Sketch of the medical history of the native army of Bombay, for the year
Year: 1876
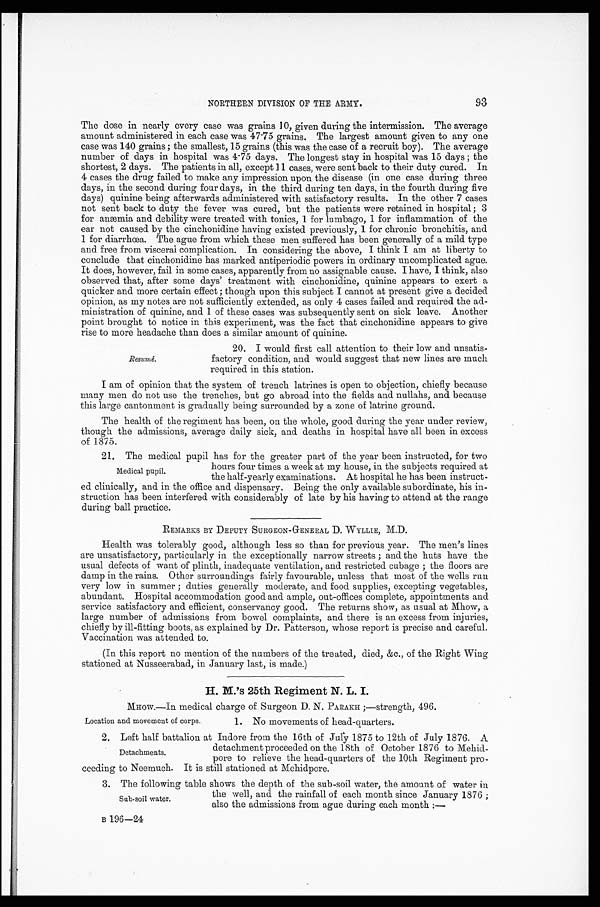
93
NORTHERN DIVISION OF THE ARMY.
The dose in nearly every case was grains 10, given during the intermission. The average
amount administered in each case was 47.75 grains. The largest amount given to any one
case was 140 grains; the smallest, 15 grains (this was the case of a recruit boy). The average
number of days in hospital was 4.75 days. The longest stay in hospital was 15 days; the
shortest, 2 days. The patients in all, except 11 cases, were sent back to their duty cured. In
4 cases the drug failed to make any impression upon the disease (in one case during three
days, in the second during four days, in the third during ten days, in the fourth during five
days) quinine being afterwards administered with satisfactory results. In the other 7 cases
not sent back to duty the fever was cured, but the patients were retained in hospital; 3
for anæmia and debility were treated with tonics, 1 for lumbago, 1 for inflammation of the
ear not caused by the cinchonidine having existed previously, 1 for chronic bronchitis, and
1 for diarrhœa. The ague from which these men suffered has been generally of a mild type
and free from visceral complication. In considering the above, I think I am at liberty to
conclude that cinchonidine has marked antiperiodic powers in ordinary uncomplicated ague.
It does, however, fail in some cases, apparently from no assignable cause. I have, I think, also
observed that, after some days' treatment with cinchonidine, quinine appears to exert a
quicker and more certain effect; though upon this subject I cannot at present give a decided
opinion, as my notes are not sufficiently extended, as only 4 cases failed and required the ad-
ministration of quinine, and 1 of these cases was subsequently sent on sick leave. Another
point brought to notice in this experiment, was the fact that cinchonidine appears to give
rise to more headache than does a similar amount of quinine.
Resumé.
20. I would first call attention to their low and unsatis
- f a c t o r y c o n d i t i o n , a n d w o u l d s u g g e s t t h a t n e w l i n e s a r e m u c h
required in this station.
I am of opinion that the system of trench latrines is open to objection, chiefly because
many men do not use the trenches, but go abroad into the fields and nullahs, and because
this large cantonment is gradually being surrounded by a zone of latrine ground.
The health of the regiment has been, on the whole, good during the year under review,
though the admissions, average daily sick, and deaths in hospital have all been in excess
o f 1 8 7 5 .
21. The medical pupil has for the greater part of the year been instructed, for two
hours four times a week at my house, in the subjects required at
the half-yearly examinations. At hospital he has been instruct
-ed clinically, and in the office and dispensary. Being the only available subordinate, his in
- s t r u c t i o n h a s b e e n i n t e r f e r e d w i t h c o n s i d e r a b l y o f l a t e b y h i s h a v i n g t o a t t e n d a t t h e r a n g e
during ball practice.
REMARKS BY DEPUTY SURGEON-GENERAL D. WYLLIE, M.D.
Health was tolerably good, although less so than for previous year. The men's lines
are unsatisfactory, particularly in the exceptionally narrow streets; and the huts have the
usual defects of want of plinth, inadequate ventilation, and restricted cubage; the floors are
damp in the rains. Other surroundings fairly favourable, unless that most of the wells run
very low in summer; duties generally moderate, and food supplies, excepting vegetables,
abundant. Hospital accommodation good and ample, out-offices complete, appointments and
service satisfactory and efficient, conservancy good. The returns show, as usual at Mhow,
large number of admissions from bowel complaints, and there is an excess from injuries,
chiefly by ill-fitting boots, as explained by Dr. Patterson, whose report is precise and careful.
Vaccination was attended to.
(In this report no mention of the numbers of the treated, died, &c., of the Right Wing
stationed at Nusseerabad, in January last, is made.)
H. M.'s 25th Regiment N. L. I.
MHow.—In medical charge of Surgeon D. N. PARAKH ;—strength, 496.
Medical pupil.
Location and movement of corps.
1. No movements of head-quarters.
2. Left half battalion at Indore from the 16th of July 1875 to 12th of July 1876. A
detachment proceeded on the 18th of October 1876 to Mehi
d-
pore to relieve the head-quarters of the 10th Regiment pro
-ceeding to Neemuch. It is still stationed at Mehidpore.
3. The following table shows the depth of the sub-soil water, the amount of water in
the well, and the rainfall of each month since January 1876;
also the admissions from ague during each month
B 196—24
Detachments.
Sub-soil water.